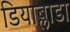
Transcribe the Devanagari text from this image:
डियाब्लाडा